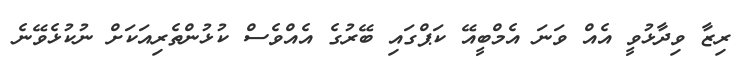
ރިޒާ ވިދާޅުވީ އެއް ވަނަ އެމްބީއޭ ކަޕްގައި ބޭރުގެ އެއްވެސް ކުޅުންތެރިއަކަށް ނުކުޅެވޭނެ